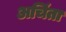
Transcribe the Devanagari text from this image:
अचिंता